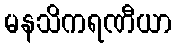
မနသိကရဏီယာ